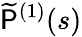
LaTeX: \widetilde{\mathsf{P}}^{(1)}(s)